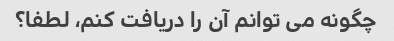
چگونه می توانم آن را دریافت کنم، لطفا؟